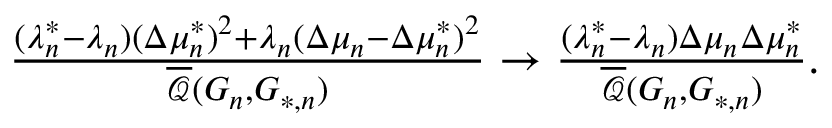
\begin{array} { r } { \frac { ( \lambda _ { n } ^ { * } - \lambda _ { n } ) ( \Delta \mu _ { n } ^ { * } ) ^ { 2 } + \lambda _ { n } ( \Delta \mu _ { n } - \Delta \mu _ { n } ^ { * } ) ^ { 2 } } { \overline { { \mathcal { Q } } } ( G _ { n } , G _ { * , n } ) } \to \frac { ( \lambda _ { n } ^ { * } - \lambda _ { n } ) \Delta \mu _ { n } \Delta \mu _ { n } ^ { * } } { \overline { { \mathcal { Q } } } ( G _ { n } , G _ { * , n } ) } . } \end{array}